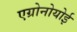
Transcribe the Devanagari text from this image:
एग्रोनोयोई